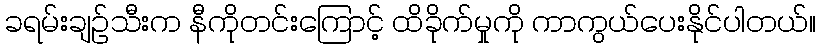
ခရမ်းချဉ်သီးက နီကိုတင်းကြောင့် ထိခိုက်မှုကို ကာကွယ်ပေးနိုင်ပါတယ်။